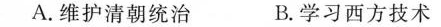
A. 维护清朝统治 B. 学习西方技术